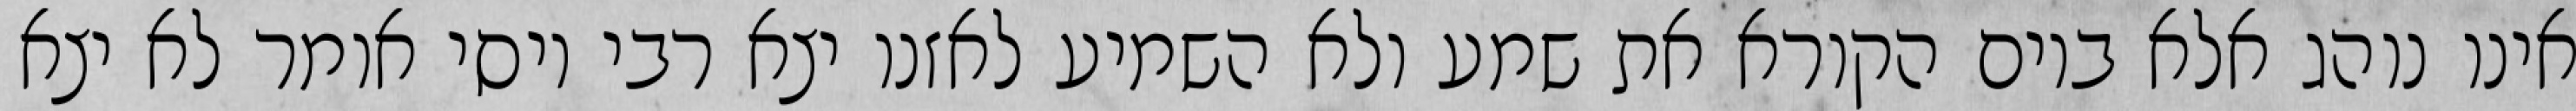
אינו נוהג אלא ביום הקורא את שמע ולא השמיע לאזנו יצא רבי יוסי אומר לא יצא